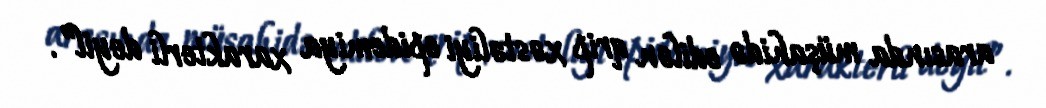
arasında müşahidə edilən qrip xəstəliyi epidemiya xarakterli deyil”.